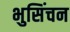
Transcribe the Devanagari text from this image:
भुसिंचन